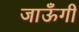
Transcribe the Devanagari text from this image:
जाऊँगी